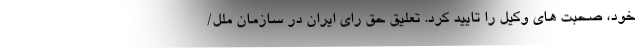
خود، صحبت های وکیل را تایید کرد. تعلیق حق رای ایران در سازمان ملل/